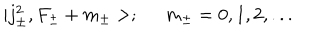
LaTeX: | j _ { \pm } ^ { 2 } , F _ { \pm } + m _ { \pm } > ; \; \; m _ { \pm } = 0 , 1 , 2 , . . .